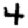
Digit: 4